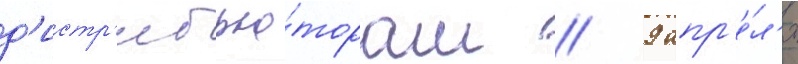
д'истр'ибью́торам // 9 апр'е́л'я